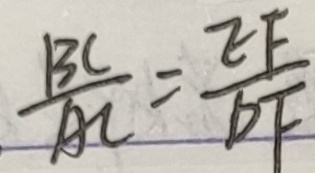
\frac { B C } { A C } = \frac { E F } { D F }